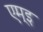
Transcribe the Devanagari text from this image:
एम्इ